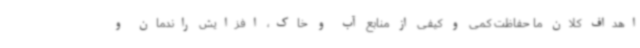
اهداف کلان ما حفاظت کمی و کیفی از منابع آب و خاک، افزایش راندمان و